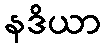
နဒိယာ